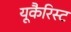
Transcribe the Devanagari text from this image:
यूकैरिस्ट